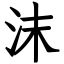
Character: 沫